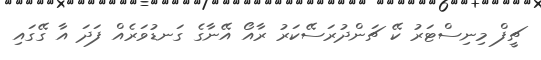
ޗީފް މިނިސްޓަރު ކޭ ޗަންދުރަސޭކަރު ރާއޯ އޭނާގެ ގަނޑުވަރެއް ފަދަ އާ ގޭގައި